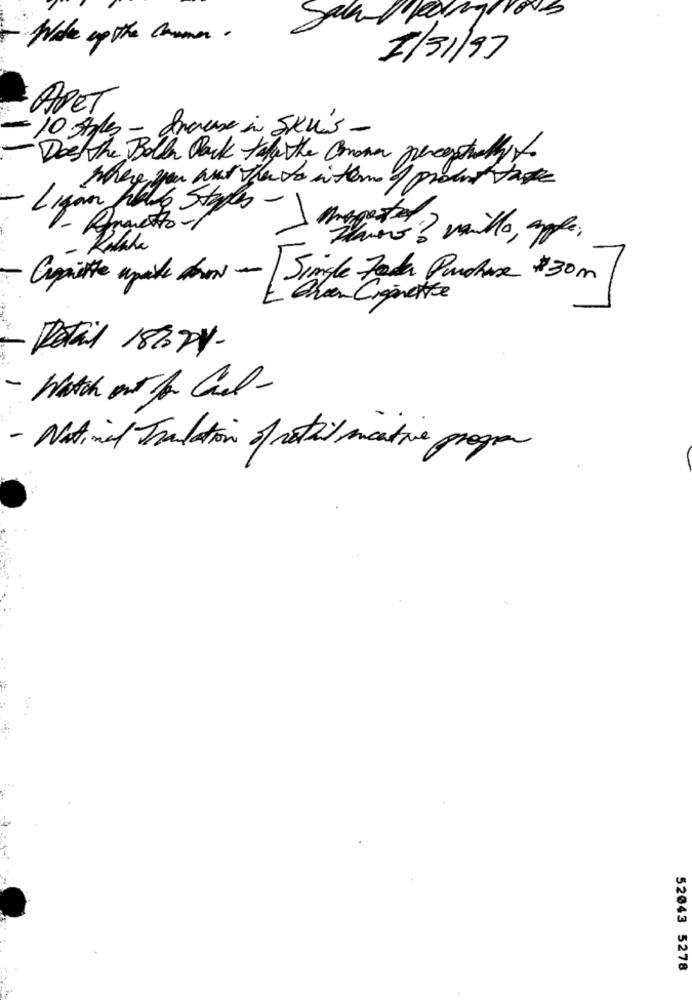
Salfanghioss
Wake up the corner .
5/31/97
APET.
10 soles - dracase in Sku's -
Das the Boller Pack tely the Comona precentrally to
Ligar hallo Stades -
1
Kalala
Crepiettle apare down - Single Fada Purchase #30m
Chan Cigarette
Detail 181024-
- Watch out for Cel-
- National Tranlation of retail incatie program
52043 5278